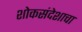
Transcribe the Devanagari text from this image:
शोकसंदेशाचा